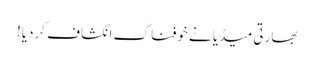
بھارتی میڈیا نے خوفناک انکشاف کردیا!